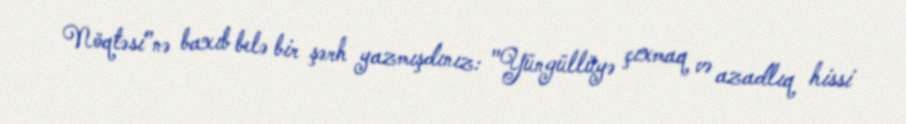
Nöqtəsi”nə baxıb belə bir şərh yazmışdınız: "Yüngüllüyə çıxmaq və azadlıq hissi